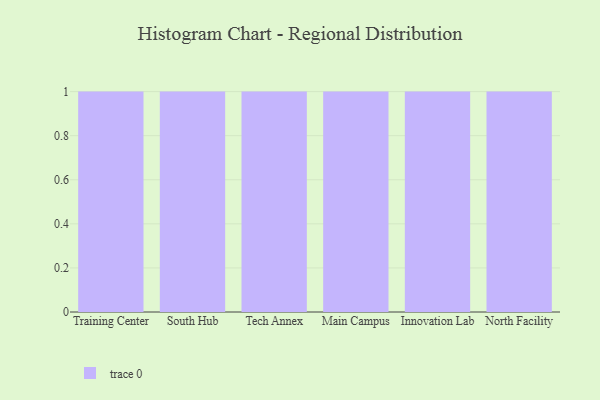
{"axis": {"x": "Campus", "y": "Production Output"}, "legend": [""], "data": [{"x": "Training Center", "y": 34, "type": ""}, {"x": "South Hub", "y": 60, "type": ""}, {"x": "Tech Annex", "y": 25, "type": ""}, {"x": "Main Campus", "y": 44, "type": ""}, {"x": "Innovation Lab", "y": 78, "type": ""}, {"x": "North Facility", "y": 60, "type": ""}]}